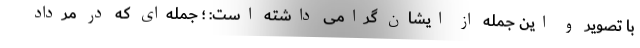
با تصویر و این جمله از ایشان گرامی داشته است: ؛ جمله‌ای که در مرداد